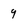
Character: 9